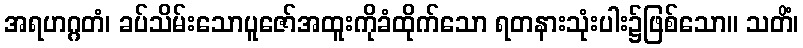
အရဟဂ္ဂတံ၊ ခပ်သိမ်းသောပူဇော်အထူးကိုခံထိုက်သော ရတနားသုံးပါး၌ဖြစ်သော။ သတိံ၊